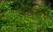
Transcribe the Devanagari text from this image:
अख्तरचे